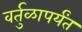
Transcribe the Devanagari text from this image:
वर्तुळापर्यंत